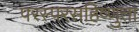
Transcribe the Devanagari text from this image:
परस्परसहिष्णुता